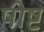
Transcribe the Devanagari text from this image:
पोष्ट